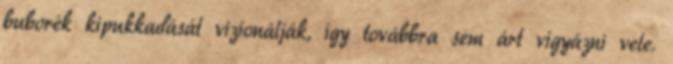
buborék kipukkadását vizionálják, így továbbra sem árt vigyázni vele.